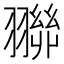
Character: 𮋓